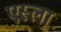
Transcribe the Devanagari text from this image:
एस्ला